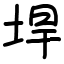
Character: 垾